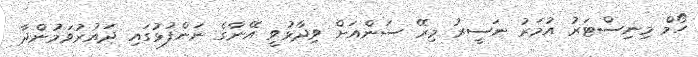
ހޯމް މިނިސްޓަރު އުމަރު ނަސީރު މިރޭ ސަންއަށް ވިދާޅުވީ އޭނާގެ ނަންފުޅުގައި ދައުރުވަމުންދާ